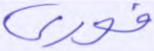
فوري